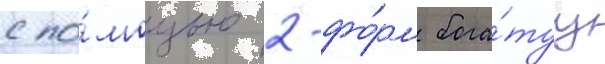
с по́мощью 2-фо́рм бога́туу